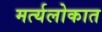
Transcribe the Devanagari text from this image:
मर्त्यलोकात